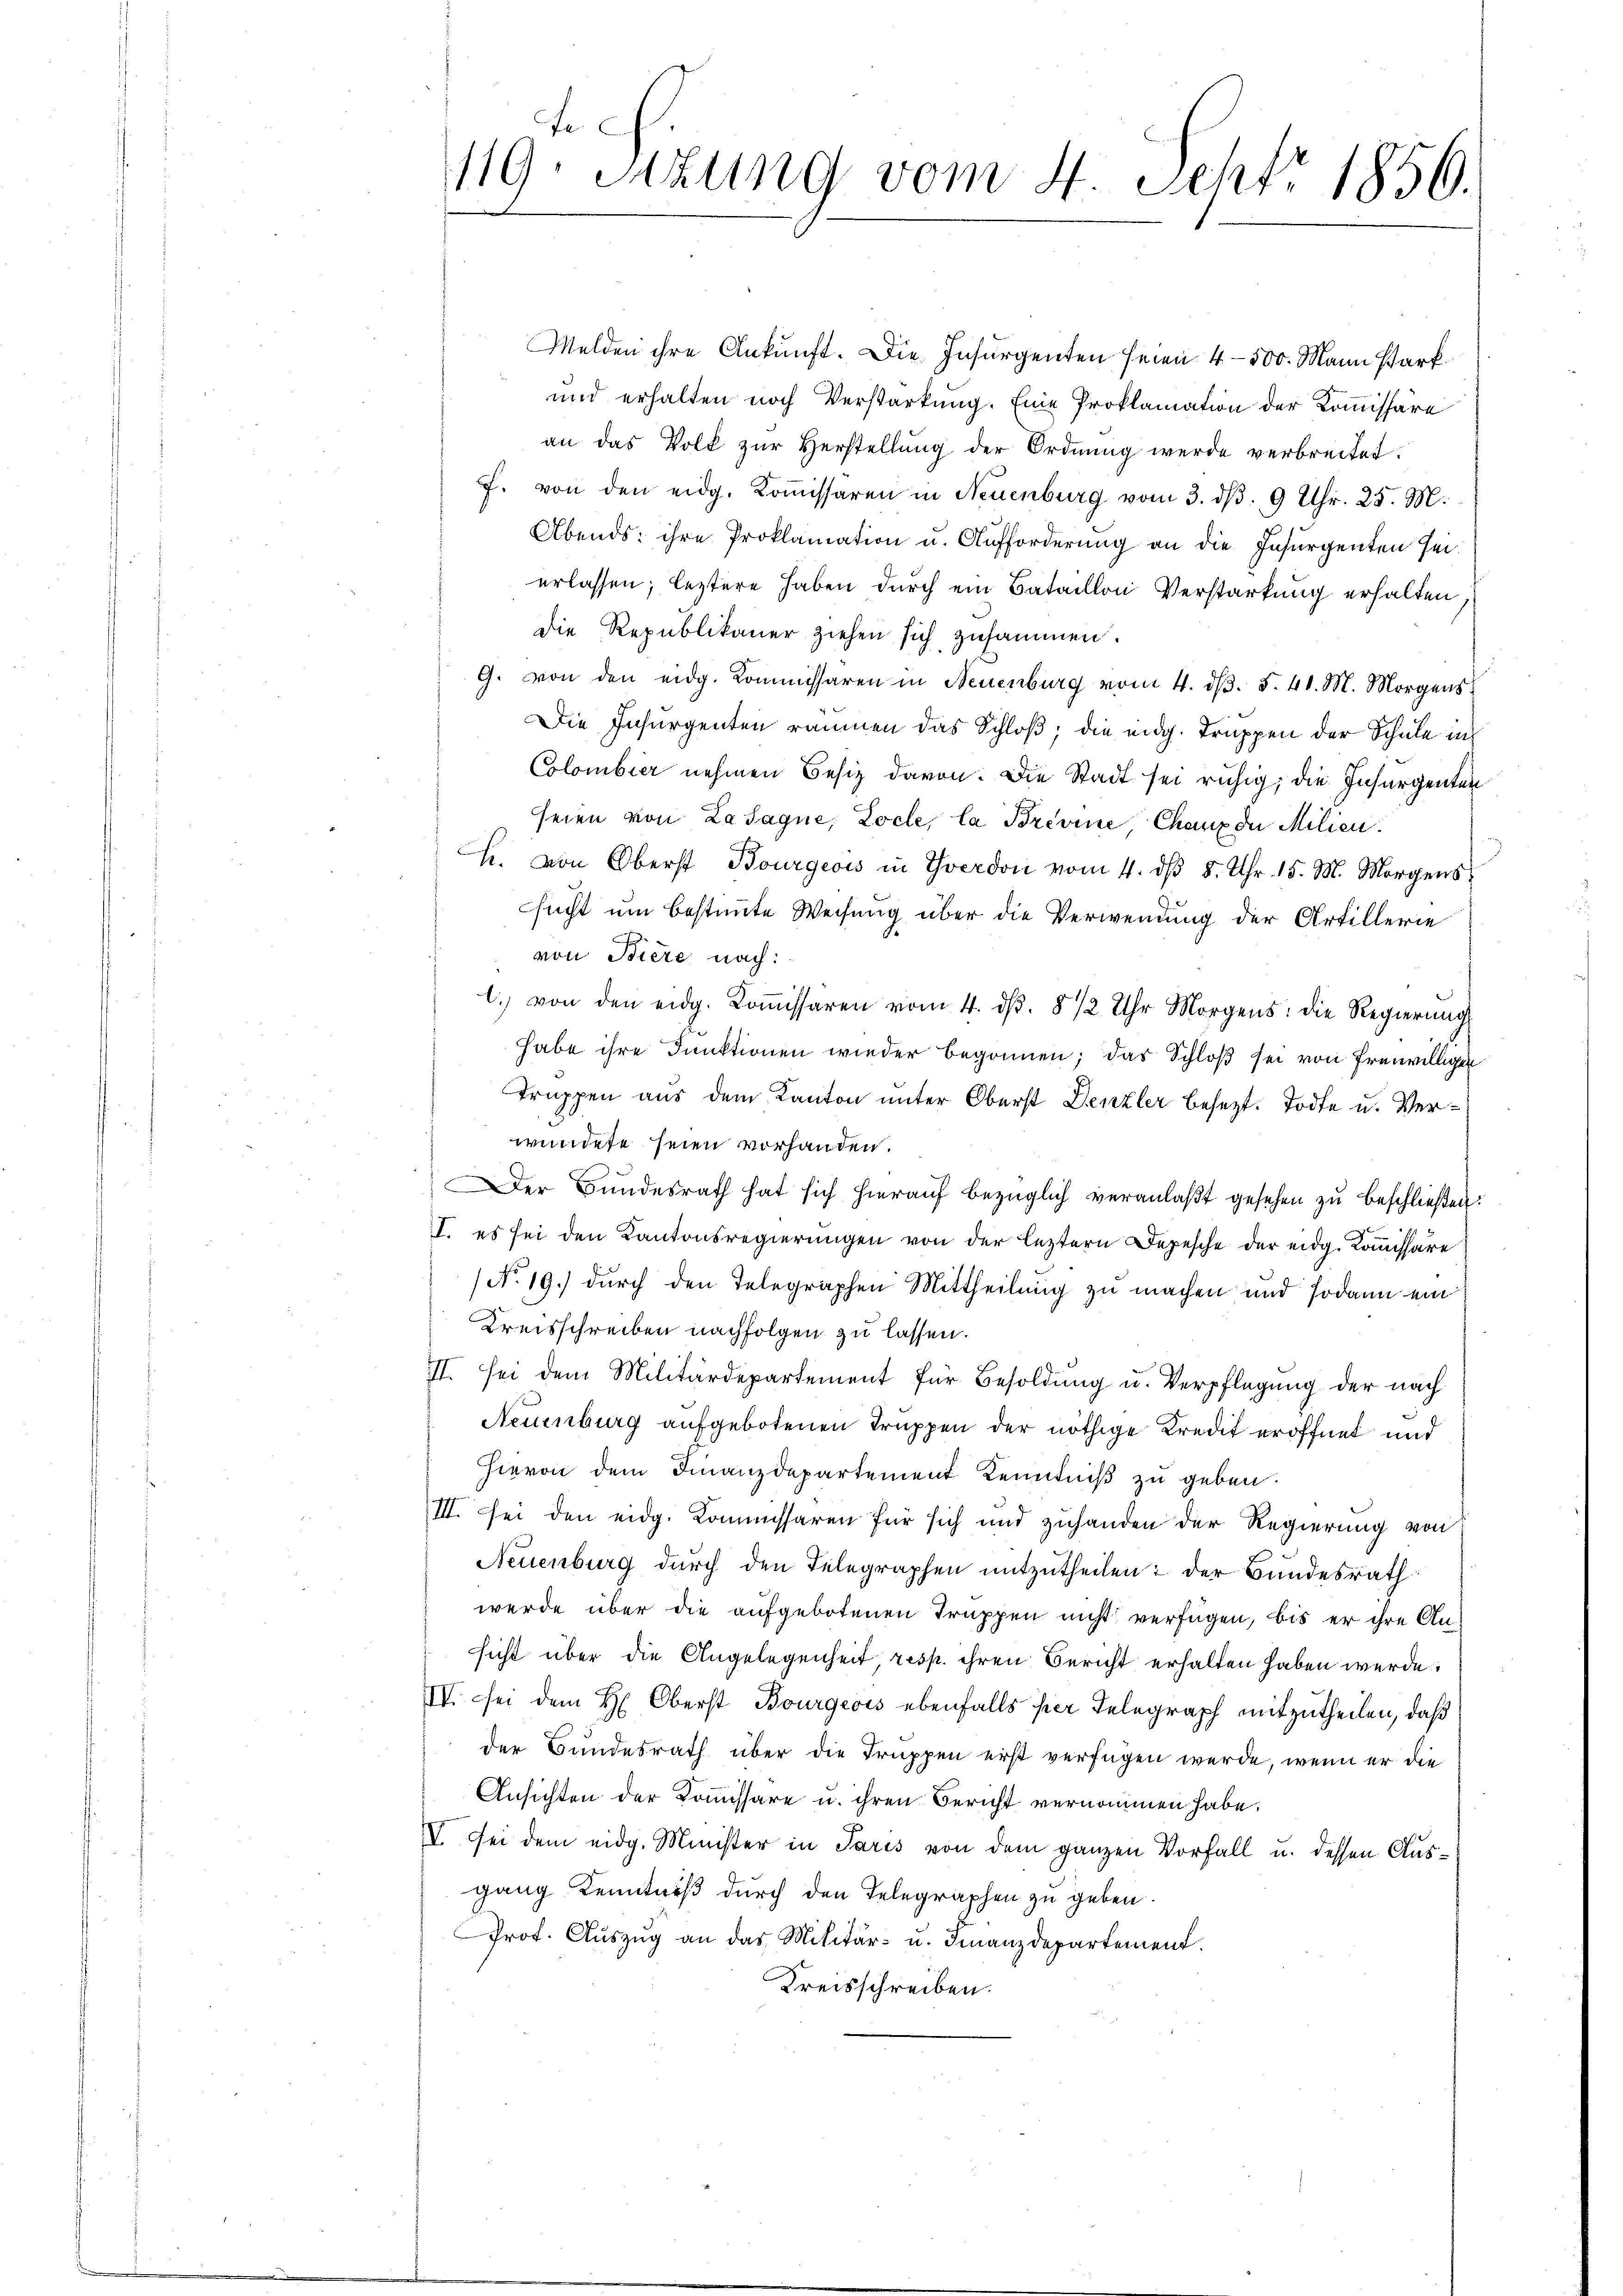
Melden ihre Ankunft. Die Insurgenten seien 4 - 500. Mann stark.
und erhalten noch Verstärkung. Eine Proklamation der Kommissäre
an das Volk zur Herstellung der Ordnung werde verbreitet.
J. von den eidg. Koṁissaren in Neuenburg vom 3. dβ. 9 Uhr. 25. M.
Abends: ihre Proklamation u. Aufforderung an die Insurgenten seierlassen; leztere haben durch ein Bataillon Verstärkung erhalten
die Republikaner ziehen sich zusammen.
G. von den eidg. Kommissaren in Neuenburg vom 4. dβ. §. 41. M. Morgens
Die Insurgenten räumen das Schloß, die eidg. Truppen der Schule in
Colombier nehmen Besiz davon. Die Stadt sei ruhig, die Insurgenten
seien von Lasagne, Locle, la Brevine, Chaux de Milien.
h. von Oberst Bourgeois in Yverdon vom 4. dβ 5. Uhr. 15. M. Morgens
sucht um bestimmte Weisung über die Verwendung der Artillerie
von Biere nach:
l. von den eidg. Koṁissaren vom 4. ds. 8 1/2 Uhr Morgens: die Regierŭng
habe ihre Funktionen wieder begonnen; das Schloß sei von freiwilliger
Truppen aus dem Kanton unter Oberst Denzler besezt. Todte u. Verwundete seien vorhanden.
Der Bundesrath hat sich hieraŭf bezüglich veranlaßt gesehen zu beschließen:
I. es sei den Kantonsregierungen von der leztern Depesche der eidg. Kommissäre
No. 19.) durch den Telegraphen Mittheilung zu machen und sodann ein
Kreisschreiben nachfolgen zu lassen.
II. Sei dem Militärdepartement für Besoldung u. Verpflegung der nach
Neuenburg aufgebotenen Truppen der nöthige Kredit eröffnet und
hievon dem Finanzdepartement Kenntniß zu geben:
III. Sei den eidg. Kommissaren für sich und zuhanden der Regierung von
Neuenburg durch den Telegraphen mitzutheilen: der Bundesrath
werde über die aufgebotenen Truppen nicht verfügen, bis er ihre Ansicht über die Angelegenheit resp. ihren Bericht erhalten haben werde.
IV. Sei dem H. Oberst Bourgeois ebenfalls per Telegraph mitzutheilen, daß
der Bundesrath über die Truppen erst verfügen werde, wenn er die
Ansichten der Kommissare u. ihren Bericht vernommen habe.
V bei dem eidg. Minister in Paris von dem ganzen Vorfall u. dessen Ausgang Kenntniß durch den Telegraphen zu geben.
Prot. Auszug an das Militär- u. Finanzdepartement.
Kreisschreiben.

fe
119. Sitzung vom 4. Sehr 1856.